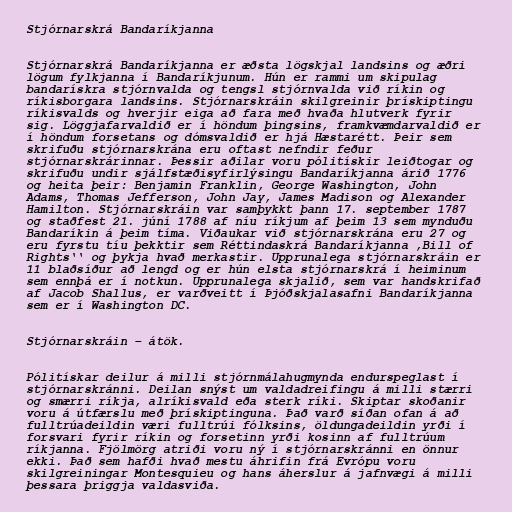
Stjórnarskrá Bandaríkjanna

Stjórnarskrá Bandaríkjanna er æðsta lögskjal landsins og æðri
lögum fylkjanna í Bandaríkjunum. Hún er rammi um skipulag
bandarískra stjórnvalda og tengsl stjórnvalda við ríkin og
ríkisborgara landsins. Stjórnarskráin skilgreinir þrískiptingu
ríkisvalds og hverjir eiga að fara með hvaða hlutverk fyrir
sig. Löggjafarvaldið er í höndum þingsins, framkvæmdarvaldið er
í höndum forsetans og dómsvaldið er hjá Hæstarétt. Þeir sem
skrifuðu stjórnarskrána eru oftast nefndir feður
stjórnarskrárinnar. Þessir aðilar voru pólitískir leiðtogar og
skrifuðu undir sjálfstæðisyfirlýsingu Bandaríkjanna árið 1776
og heita þeir: Benjamin Franklin, George Washington, John
Adams, Thomas Jefferson, John Jay, James Madison og Alexander
Hamilton. Stjórnarskráin var samþykkt þann 17. september 1787
og staðfest 21. júní 1788 af níu ríkjum af þeim 13 sem mynduðu
Bandaríkin á þeim tíma. Viðaukar við stjórnarskrána eru 27 og
eru fyrstu tíu þekktir sem Réttindaskrá Bandaríkjanna ,Bill of
Rights‘‘ og þykja hvað merkastir. Upprunalega stjórnarskráin er
11 blaðsíður að lengd og er hún elsta stjórnarskrá í heiminum
sem ennþá er í notkun. Upprunalega skjalið, sem var handskrifað
af Jacob Shallus, er varðveitt í Þjóðskjalasafni Bandaríkjanna
sem er í Washington DC.

Stjórnarskráin – átök.

Pólitískar deilur á milli stjórnmálahugmynda endurspeglast í
stjórnarskránni. Deilan snýst um valdadreifingu á milli stærri
og smærri ríkja, alríkisvald eða sterk ríki. Skiptar skoðanir
voru á útfærslu með þrískiptinguna. Það varð síðan ofan á að
fulltrúadeildin væri fulltrúi fólksins, öldungadeildin yrði í
forsvari fyrir ríkin og forsetinn yrði kosinn af fulltrúum
ríkjanna. Fjölmörg atriði voru ný í stjórnarskránni en önnur
ekki. Það sem hafði hvað mestu áhrifin frá Evrópu voru
skilgreiningar Montesquieu og hans áherslur á jafnvægi á milli
þessara þriggja valdasviða.